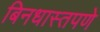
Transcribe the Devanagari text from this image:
बिनधास्तपणे